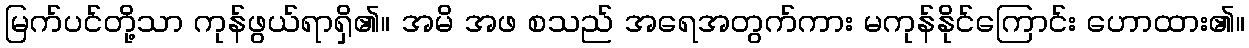
မြက်ပင်တို့သာ ကုန်ဖွယ်ရာရှိ၏။ အမိ အဖ စသည် အရေအတွက်ကား မကုန်နိုင်ကြောင်း ဟောထား၏။